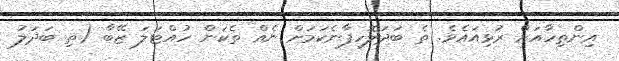
އިންތިހާއަށް ރުޅިއައެވެ. ތެ ބަދަލޮހިފާނެކަމަށް ނެއް ތެކަން ހުއްޓަލަ ޒޭބާ (ތި ބަދަލު